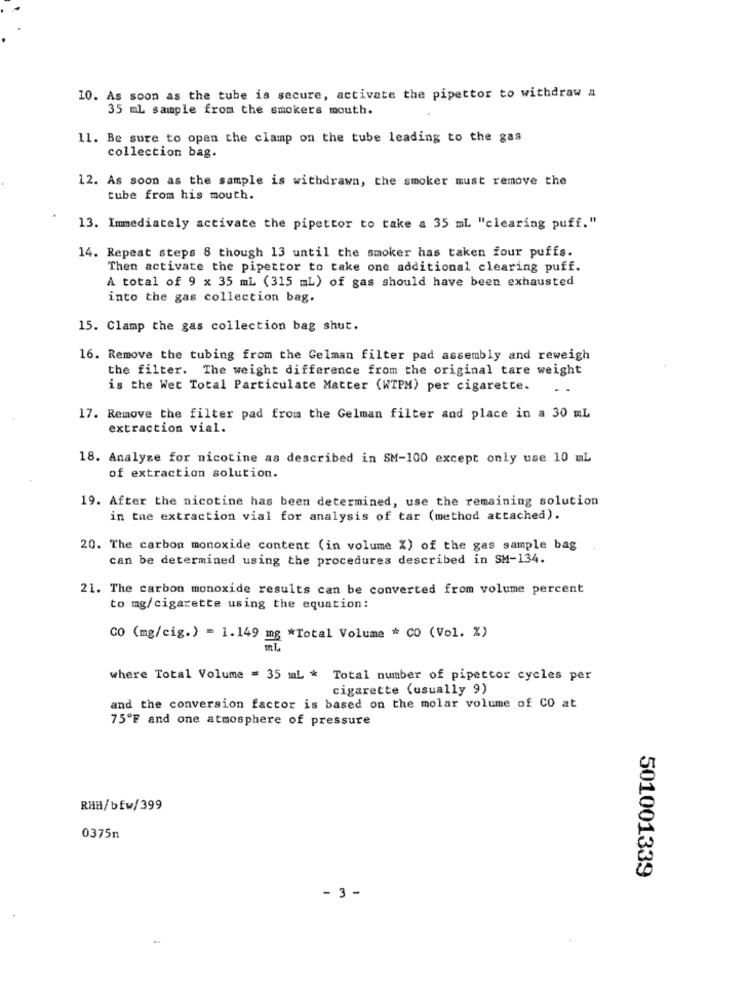
10. As soon as the tube is secure, activate the pipettor to withdraw a
35 ml sample from the smokers mouth.
11. Be sure to open the clamp on the tube leading to the gas
collection bag.
12. As soon as the sample is withdrawn, the smoker must remove the
tube from his mouth.
13. Immediately activate the pipettor to take a 35 mL "clearing puff."
14. Repeat steps 8 though 13 until the smoker has taken four puffs.
Then activate the pipettor to take one additional clearing puff.
A total of 9 x 35 mL (315 mL) of gas should have been exhausted
into the gas collection bag.
15. Clamp the gas collection bag shut.
16. Remove the tubing from the Gelman filter pad assembly and reweigh
the filter. The weight difference from the original tare weight
is the Wet Total Particulate Matter (WTPM) per cigarette.
..
17. Remove the filter pad from the Gelman filter and place in a 30 mL
extraction vial.
18. Analyze for nicotine as described in SM-100 except only use 10 mL
of extraction solution.
19. After the nicotine has been determined, use the remaining solution
in the extraction vial for analysis of tar (method attached).
20. The carbon monoxide content (in volume %) of the gas sample bag
can be determined using the procedures described in SM-134.
21. The carbon monoxide results can be converted from volume percent
to mg/cigarette using the equation:
CO (mg/cig.) = 1.149 mg *Total Volume * CO (Vol. %)
where Total Volume = 35 mL * Total number of pipettor cycles per
cigarette (usually 9)
and the conversion factor is based on the molar volume of CO at
75ºF and one atmosphere of pressure
RHH/bfw/399
0375п
501001339
- 3 -